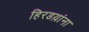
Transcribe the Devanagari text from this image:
हिरडय़ांना